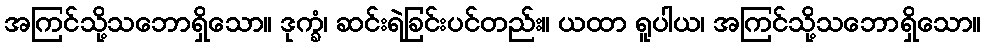
အကြင်သို့သဘောရှိသော။ ဒုက္ခံ၊ ဆင်းရဲခြင်းပင်တည်း။ ယထာ ရူပါယ၊ အကြင်သို့သဘောရှိသော။